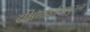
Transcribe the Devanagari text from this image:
दक्षिणावर्तकम्बुरत्न